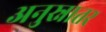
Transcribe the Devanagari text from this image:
अनुस्नातर